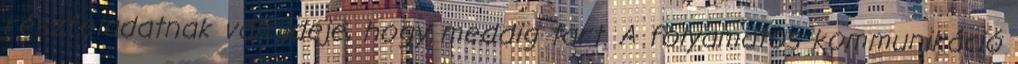
részfeladatnak van ideje, hogy meddig tart. A folyamatos kommunikáció